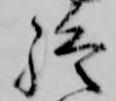
終